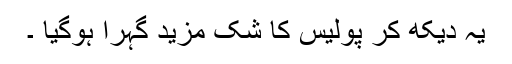
یہ دیکھ کر پولیس کا شک مزید گہرا ہوگیا ۔